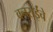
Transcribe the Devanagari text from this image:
वनराईंचे